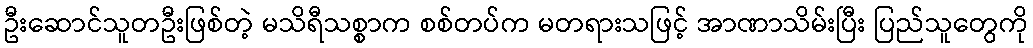
ဦးဆောင်သူတဦးဖြစ်တဲ့ မသိရီသစ္စာက စစ်တပ်က မတရားသဖြင့် အာဏာသိမ်းပြီး ပြည်သူတွေကို